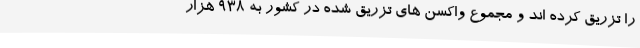
را تزریق کرده اند و مجموع واکسن های تزریق شده در کشور به ۹۳۸ هزار